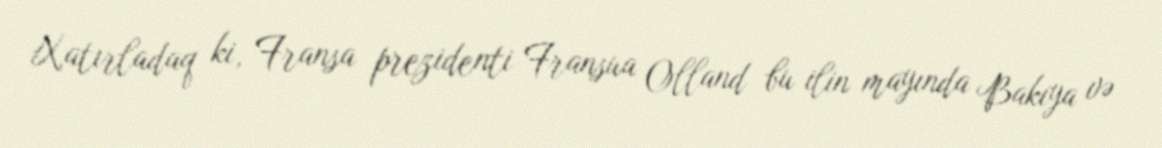
Xatırladaq ki, Fransa prezidenti Fransua Olland bu ilin mayında Bakıya və